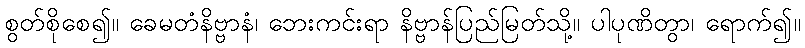
စွတ်စိုစေ၍။ ခေမတံနိဗ္ဗာနံ၊ ဘေးကင်းရာ နိဗ္ဗာန်ပြည်မြတ်သို့။ ပါပုဏိတွာ၊ ရောက်၍။